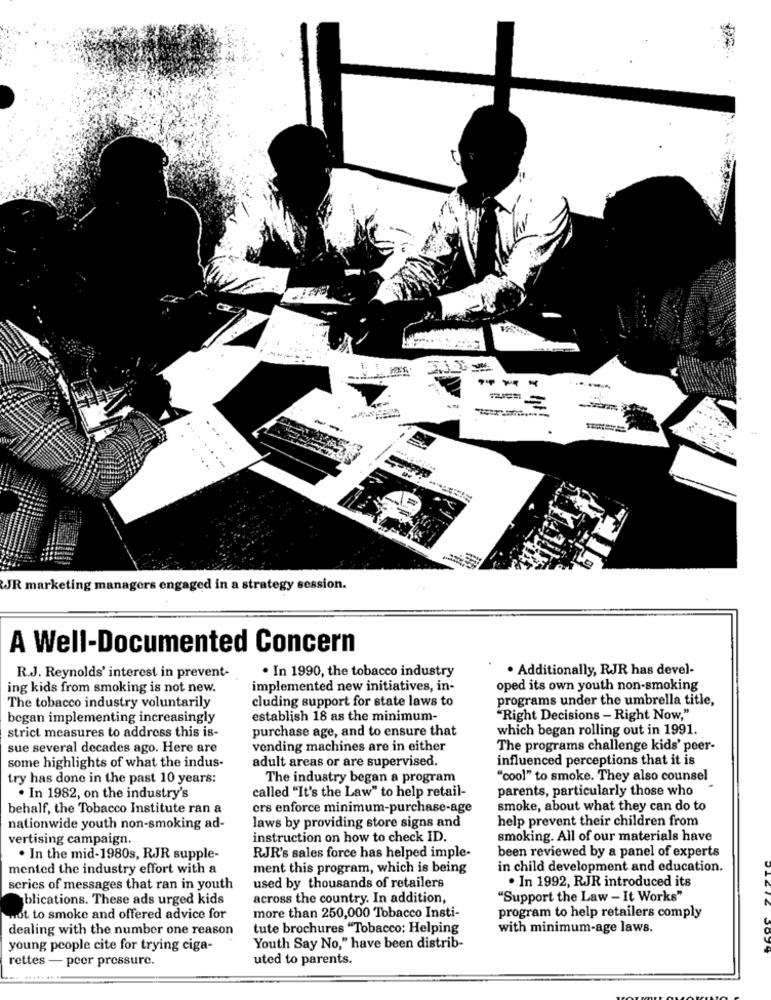
JR marketing managers engaged in a strategy session.
A Well-Documented Concern
. Additionally, RJR has devel-
R.J. Reynolds' interest in prevent-
. In 1990, the tobacco industry
ing kids from smoking is not new.
implemented new initiatives, in-
oped its own youth non-smoking
cluding support for state laws to
programs under the umbrella title,
The tobacco industry voluntarily
began implementing increasingly
establish 18 as the minimum-
"Right Decisions - Right Now,"
strict measures to address this is-
purchase age, and to ensure that
which began rolling out in 1991.
sue several decades ago. Here are
vending machines are in either
The programs challenge kids' peer-
influenced perceptions that it is
some highlights of what the indus-
adult areas or are supervised.
try has done in the past 10 years:
The industry began a program
"cool" to smoke. They also counsel
parents, particularly those who
. In 1982, on the industry's
called "It's the Law" to help retail-
behalf, the Tobacco Institute ran a
ers enforce minimum-purchase-age
smoke, about what they can do to
laws by providing store signs and
help prevent their children from
nationwide youth non-smoking ad-
vertising campaign.
instruction on how to check ID.
smoking. All of our materials have
been reviewed by a panel of experts
. In the mid-1980s, RJR supple-
RJR's sales force has helped imple-
mented the industry effort with a
ment this program, which is being
in child development and education.
. In 1992, RJR introduced its
series of messages that ran in youth
used by thousands of retailers
blications. These ads urged kids
across the country. In addition,
"Support the Law - It Works"
more than 250,000 Tobacco Insti-
not to smoke and offered advice for
program to help retailers comply
dealing with the number one reason
tute brochures "Tobacco: Helping
with minimum-age laws.
young people cite for trying ciga-
Youth Say No," have been distrib-
rettes - peer pressure.
uted to parents.